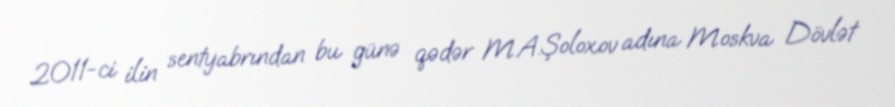
2011-ci ilin sentyabrından bu günə qədər M.A.Şoloxov adına Moskva Dövlət